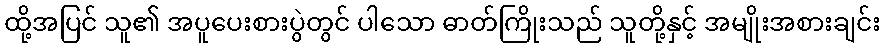
ထို့အပြင် သူ၏ အပူပေးစားပွဲတွင် ပါသော ဓာတ်ကြိုးသည် သူတို့နှင့် အမျိုးအစားချင်း